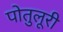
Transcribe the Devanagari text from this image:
पोतुलूरी